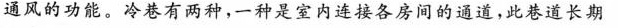
通风的功能。冷巷有两种，一种是室内连接各房间的通道，此巷道长期